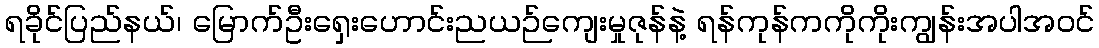
ရခိုင်ပြည်နယ်၊ မြောက်ဦးရှေးဟောင်းညယဉ်ကျေးမှုဇုန်နဲ့ ရန်ကုန်ကကိုကိုးကျွန်းအပါအဝင်